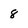
Character: 8